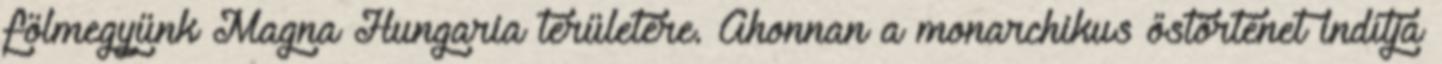
fölmegyünk Magna Hungaria területére. Ahonnan a monarchikus őstörténet indítja